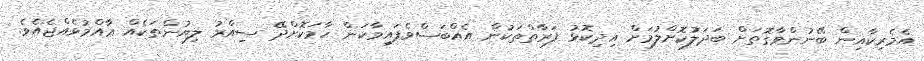
އެމެރިކާއިން ބޭނުންވާގޮތަށް ބަދަލުކޮށްލުމަށް އިދިކޮޅު ފަރާތްތަކުން އެއްބަސްވެފައިވާކަން ހާމަކޮށްދޭ ސިއްރު ލިޔުންތަކެއް ޢާއްމުވެއްޖެއެވެ.